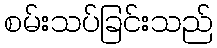
စမ်းသပ်ခြင်းသည်